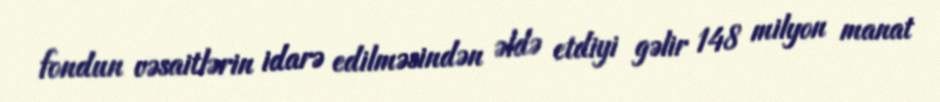
fondun vəsaitlərin idarə edilməsindən əldə etdiyi gəlir 148 milyon manat